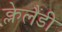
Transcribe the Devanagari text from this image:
क्लेलैंडी